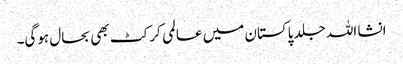
انشا اللہ جلد پاکستان میں عالمی کرکٹ بھی بحال ہوگی۔